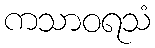
ကသာဝရသံ